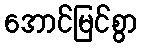
အောင်မြင်စွာ